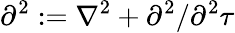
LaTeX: \partial^{2}:=\nabla^{2}+\partial^{2}/\partial^{2}\tau